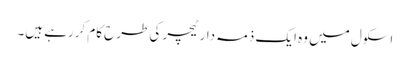
اسکول میں وہ ایک ذمہ دار ٹیچر کی طرح کام کررہے ہیں۔